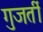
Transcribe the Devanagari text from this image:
गुजर्ती